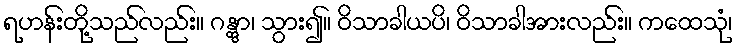
ရဟန်းတို့သည်လည်း။ ဂန္တွာ၊ သွား၍။ ဝိသာခါယပိ၊ ဝိသာခါအားလည်း။ ကထေသုံ၊